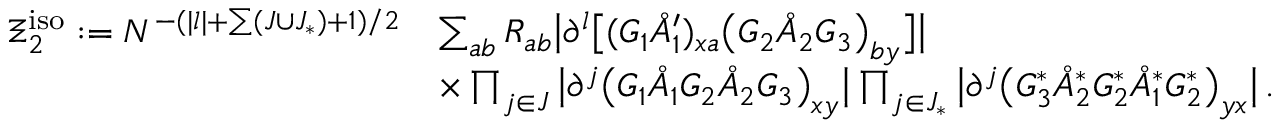
\begin{array} { r l } { \Xi _ { 2 } ^ { \mathrm { i s o } } : = N ^ { - ( | \boldsymbol { l } | + \sum ( J \cup J _ { * } ) + 1 ) / 2 } } & { \sum _ { a b } R _ { a b } \big | \partial ^ { \boldsymbol { l } } \big [ ( G _ { 1 } \mathring { A } _ { 1 } ^ { \prime } ) _ { \boldsymbol { x } a } \big ( G _ { 2 } \mathring { A } _ { 2 } G _ { 3 } \big ) _ { b \boldsymbol { y } } \big ] \big | } \\ & { \times \prod _ { \boldsymbol { j } \in J } \big | \partial ^ { \boldsymbol { j } } \big ( G _ { 1 } \mathring { A } _ { 1 } G _ { 2 } \mathring { A } _ { 2 } G _ { 3 } \big ) _ { \boldsymbol { x } \boldsymbol { y } } \big | \prod _ { \boldsymbol { j } \in J _ { * } } \big | \partial ^ { \boldsymbol { j } } \big ( G _ { 3 } ^ { * } \mathring { A } _ { 2 } ^ { * } G _ { 2 } ^ { * } \mathring { A } _ { 1 } ^ { * } G _ { 2 } ^ { * } \big ) _ { \boldsymbol { y } \boldsymbol { x } } \big | \, . } \end{array}